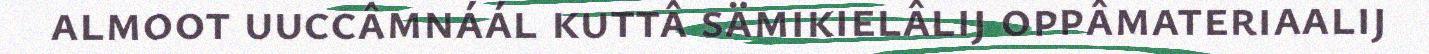
almoot uuccâmnáál kuttâ sämikielâlij oppâmateriaalij